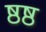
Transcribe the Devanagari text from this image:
ष्ठष्ठ